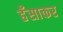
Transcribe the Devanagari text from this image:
हँसाकर